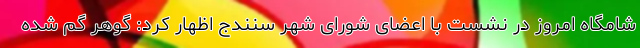
شامگاه امروز در نشست با اعضای شورای شهر سنندج اظهار کرد: گوهر گم شده